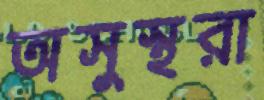
অসুস্থরা